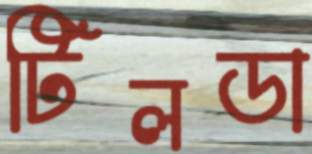
টিলডা